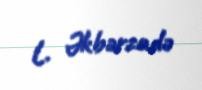
L. Əkbərzadə